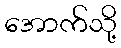
အောက်သို့